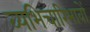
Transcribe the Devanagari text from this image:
व्यभिचारिभावों